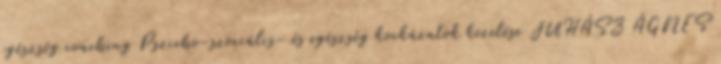
egészség coaching Pszicho-szociális- és egészség kockázatok kezelése JUHÁSZ ÁGNES